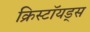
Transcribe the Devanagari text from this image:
क्रिस्टॉयड्स